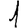
Digit: 1